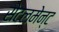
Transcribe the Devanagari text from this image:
सेटलमेन्ट